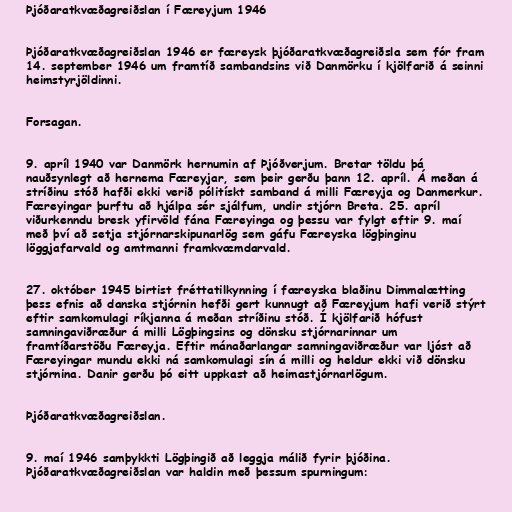
Þjóðaratkvæðagreiðslan í Færeyjum 1946

Þjóðaratkvæðagreiðslan 1946 er færeysk þjóðaratkvæðagreiðsla sem fór fram
14. september 1946 um framtíð sambandsins við Danmörku í kjölfarið á seinni
heimstyrjöldinni.

Forsagan.

9. apríl 1940 var Danmörk hernumin af Þjóðverjum. Bretar töldu þá
nauðsynlegt að hernema Færeyjar, sem þeir gerðu þann 12. apríl. Á meðan á
stríðinu stóð hafði ekki verið pólitískt samband á milli Færeyja og Danmerkur.
Færeyingar þurftu að hjálpa sér sjálfum, undir stjórn Breta. 25. apríl
viðurkenndu bresk yfirvöld fána Færeyinga og þessu var fylgt eftir 9. maí
með því að setja stjórnarskipunarlög sem gáfu Færeyska lögþinginu
löggjafarvald og amtmanni framkvæmdarvald.

27. október 1945 birtist fréttatilkynning í færeyska blaðinu Dimmalætting
þess efnis að danska stjórnin hefði gert kunnugt að Færeyjum hafi verið stýrt
eftir samkomulagi ríkjanna á meðan stríðinu stóð. Í kjölfarið hófust
samningaviðræður á milli Lögþingsins og dönsku stjórnarinnar um
framtíðarstöðu Færeyja. Eftir mánaðarlangar samningaviðræður var ljóst að
Færeyingar mundu ekki ná samkomulagi sín á milli og heldur ekki við dönsku
stjórnina. Danir gerðu þó eitt uppkast að heimastjórnarlögum.

Þjóðaratkvæðagreiðslan.

9. maí 1946 samþykkti Lögþingið að leggja málið fyrir þjóðina.
Þjóðaratkvæðagreiðslan var haldin með þessum spurningum: